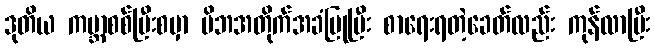
ဒုတိယ ကမ္ဘာစစ်ပြီးစမှာ မိဘအတိုက်အခံပြုပြီး စာရေးရတဲ့ခေတ်လည်း ကုန်လာပြီး